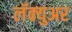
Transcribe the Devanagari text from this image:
लॅक्युअर